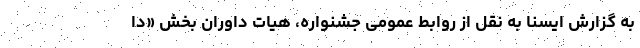
به گزارش ایسنا به نقل از روابط عمومی جشنواره، هیات داوران بخش «دا